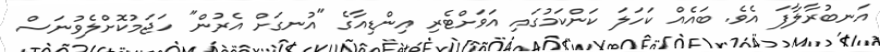
އަނބުރާލާފަ އެވެ. ބައެއް ކަހަލަ ކަންކަމުގައި އަވަށްޓެރި އިންޑިއާގެ "އުނގަށް އެރުން" ހަޖަމުކޮށްލެވުނަސް